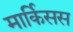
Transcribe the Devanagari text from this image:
मार्किसस